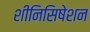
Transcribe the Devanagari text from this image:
शीनिसिषेशन